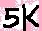
Text: 5K